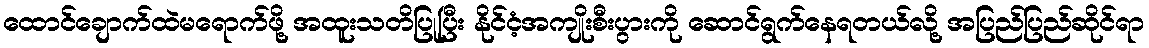
ထောင်ချောက်ထဲမရောက်ဖို့ အထူးသတိပြုပြီး နိုင်ငံ့အကျိုးစီးပွားကို ဆောင်ရွက်နေရတယ်လို့ အပြည်ပြည်ဆိုင်ရာ